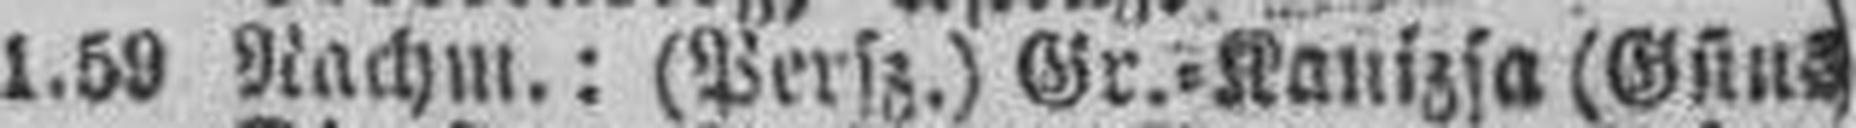
1.59 Nachm.: (Persz.) Gr.=Kanizsa (Güns)